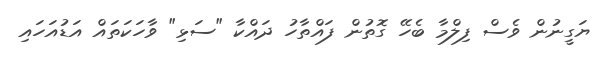
ޔަގީނުން ވެސް ފިލްމާ ބެހޭ ގޮތުން ފައްތާހު ދައްކާ "ސަޅި" ވާހަކަތައް އަޑުއަހައި